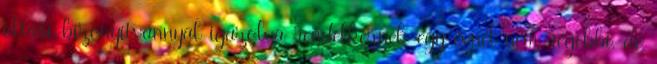
oltási bizonyítvánnyal igazolva rendelkeznek egy évnél nem régebbi, de